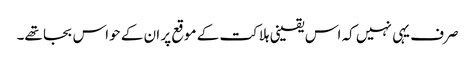
صرف یہی نہیں کہ اس یقینی ہلاکت کے موقع پر ان کے حواس بجا تھے۔